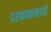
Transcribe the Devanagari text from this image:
दरबानमध्ये